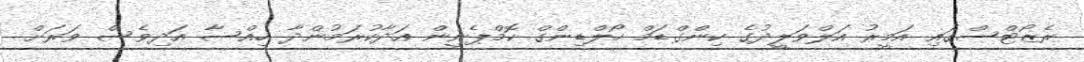
ރެޒޯޓްސްގައި އަމީރު އަލްވަލީދުގެ ކިންގްޑަމް ހޯލްޑިންގް ކޮމްޕެނީން އަދާކުރަމުންދާ ހިއްސާ އަދިވެސް ވަރަށް